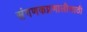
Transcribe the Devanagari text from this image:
संगणकप्रणालीसाठी